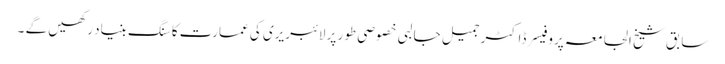
سابق شیخ الجامعہ پروفیسر ڈاکٹر جمیل جالبی خصوصی طور پر لائبریری کی عمارت کا سنگ بنیاد رکھیں گے ۔